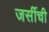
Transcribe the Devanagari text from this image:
जर्सीची